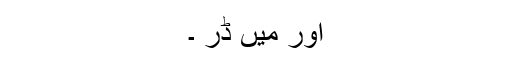
اور میں ڈر ۔